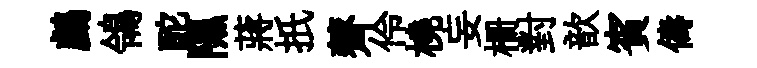
鸕鴒酡隰蔣扺薺伶橈妄栅對歆賓儔